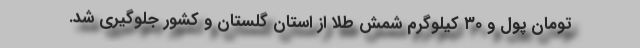
تومان پول و ۳۰ کیلوگرم شمش طلا از استان گلستان و کشور جلوگیری شد.